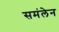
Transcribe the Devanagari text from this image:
समंलेन